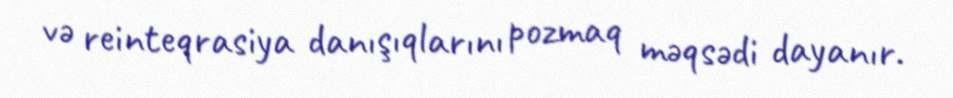
və reinteqrasiya danışıqlarını pozmaq məqsədi dayanır.